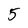
Character: 5